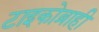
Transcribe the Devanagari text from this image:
टाइकोब्राही